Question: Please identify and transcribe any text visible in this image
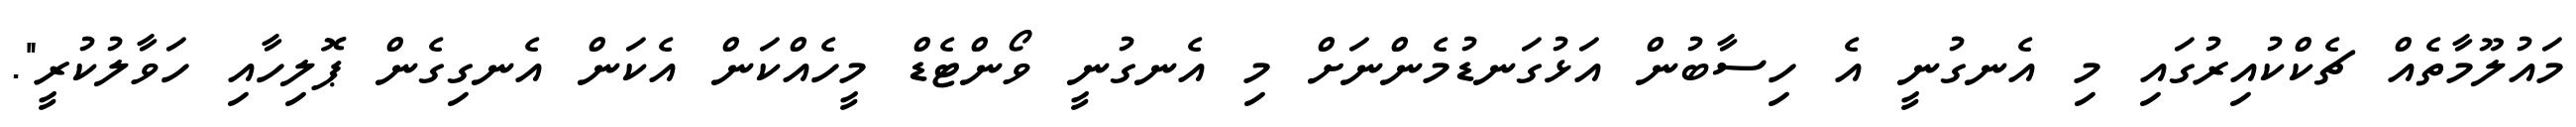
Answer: މައުލޫމާތެއް ޗެކްކުއިރުގައި މި އެނގުނީ އެ ހިސާބުން އަޅުގަނޑުމެންނަށް މި އެނގުނީ ވޯންޓެޑް މީހެއްކަން އެކަން އެނގިގެން ޕޮލިހާއި ހަވާލުކުރީ".